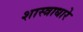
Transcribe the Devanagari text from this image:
शास्त्राधारे